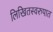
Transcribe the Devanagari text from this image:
लिखितस्वरुपात